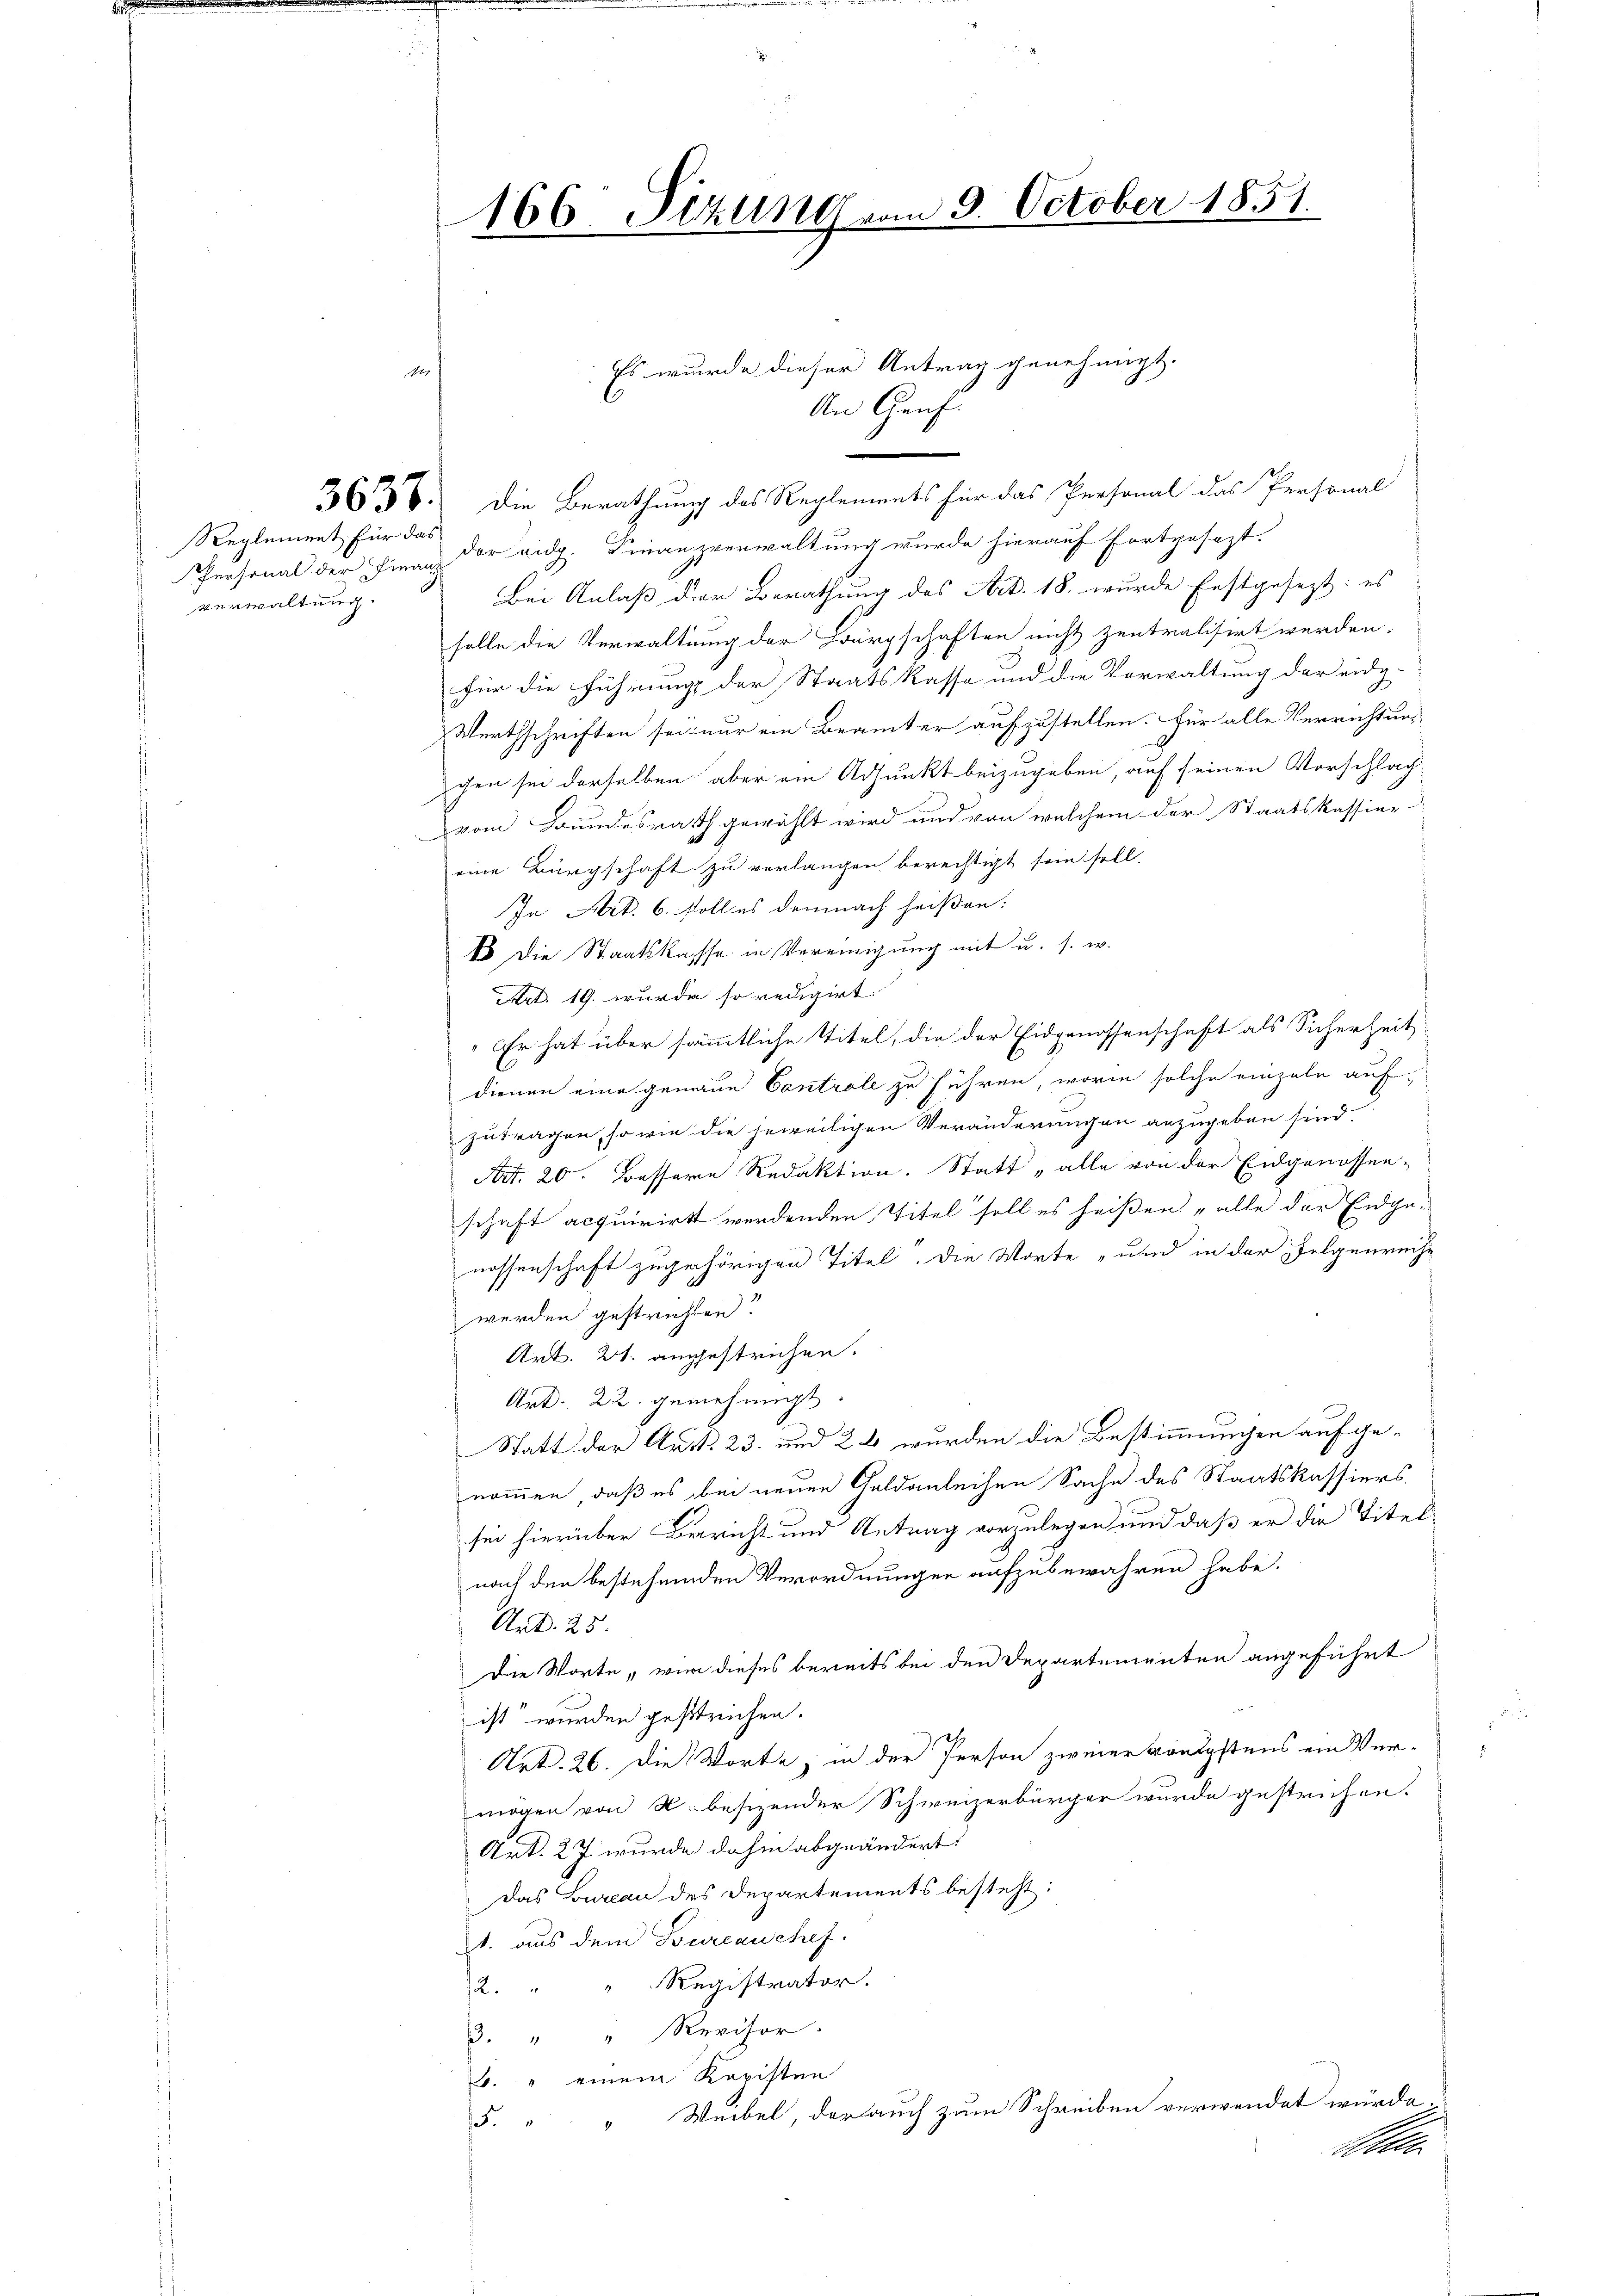
Reglement für das
verwaltung.

Es wurde dieser Antrag genehmigt.
1
An Genf.
|
3636. Die Berathung des Reglements für das Personal das Personal
Personal der Finan der eidg. Finanzverwaltung wurde hierauf fortgesezt.
Bei Anlaß der Berathung des Art. 18. wurde festgesezt: es
solle die Verwaltung der Bürgschaften nicht zentralisirt werden.
für die führungs der Staatskasse und die Vorwaltung der eidg-
Werthschriften sei nur ein Beamter aufzustellen. Für alle Verrichtung
gen sei derselben aber am Adjunkt beizugeben, auf seinen Vorschlag
vom Bundesrath gewählt wird und von welchem der Staatskassier
eine Bürgschaft zu verlangen berechtigt sein soll.
In Art. 6. soll es demnach heißen:
1 die Staatskasse in Vereinigung mit u. s. w.
Art. 19. wurde so redigirt.
„Er hat über sämmtliche Titel, die der Eidgenossenschaft als Sicherheit
dienen eine gemaue Controle zu führen, worin solche einzeln aufzutragen, so wie die jeweiligen Veränderungen anzugeben sind.
Art. 20. Bessere Redaktion. Statt „alle von der Eidgenossen-
schaft acquirirt werdenden Titel soll es heißen „alle der Eidge-
nossenschaft zugehörigen Titel. Die Worte „und in der Folgenreche
werden gestrichten?
Art. 21. angestrichen.
Art. 22. genehmigt.
Statt der Art. 23. und 26 wurden die Bestimmungen aufgenommen, daß es bei neuen Geldanleihen Sache des Staatskassiers
sei hierüber Bericht und Antrag vorzulegen und daß er die Titel-
nach den bestehenden Verordnungen aufzubewahren habe.
Art. 25.
Die Worte, wie dieses bereits bei den Departementen angeführt
ist“ wurden gestrichen.
Art. 26. Die Worte, in der Person zweier königstens ein Vermögen von K. besizender Schweizerbürger wurde gestrichen.
Art. 27. wurde dahin abgeändert:
Das Bureau des Departements besteht:
1. aus dem Bureau chef.
2. " " Registrator.
3. " " Revisor.
b. " einem Kopisten
5. " " Weibel, der auch zum Schreiben verwendet würde.
Aben

166. Sitzung vom 9. October 1851